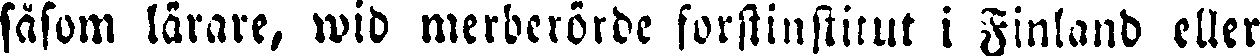
såsom lärare, wid medberörde forstinstitut i Finland eller